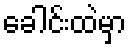
ခေါင်းထဲမှာ